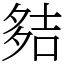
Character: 夡